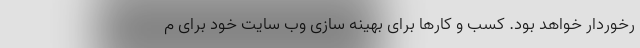
رخوردار خواهد بود. کسب و کارها برای بهینه سازی وب سایت خود برای م